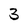
Character: 3